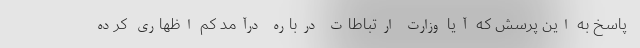
پاسخ به این پرسش که آیا وزارت ارتباطات درباره درآمد کم اظهاری کرده